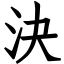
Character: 決